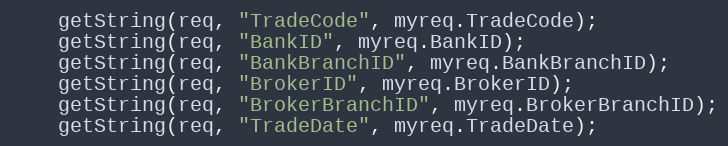
Language: C++
	getString(req, "TradeCode", myreq.TradeCode);
	getString(req, "BankID", myreq.BankID);
	getString(req, "BankBranchID", myreq.BankBranchID);
	getString(req, "BrokerID", myreq.BrokerID);
	getString(req, "BrokerBranchID", myreq.BrokerBranchID);
	getString(req, "TradeDate", myreq.TradeDate);